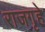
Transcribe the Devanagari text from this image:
राजगृहे